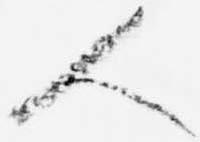
人